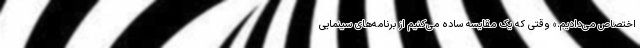
اختصاص می‌دادیم.» وقتی که یک مقایسه ساده می‌کنیم از برنامه‌های سینمایی